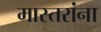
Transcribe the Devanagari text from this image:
मास्तरांना